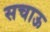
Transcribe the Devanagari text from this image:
सचाऊ